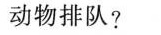
动物排队?